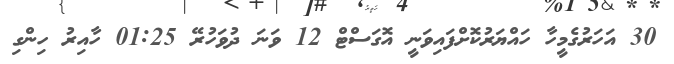
30 އަހަރުގެމީހާ ހައްޔަރުކޮށްފައިވަނީ އޮގަސްޓް 12 ވަނަ ދުވަހުރޭ 01:25 ހާއިރު ހިންގި